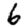
Digit: 6